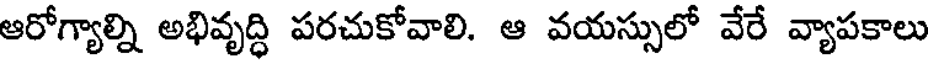
ఆరోగ్యాల్ని అభివృద్ధి పరచుకోవాలి. ఆ వయస్సులో వేరే వ్యాపకాలు